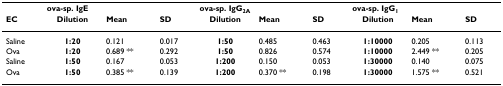
|  | <COLSPAN=3> ova-sp. IgE | <COLSPAN=3> ova-sp. IgG2A | <COLSPAN=3> ova-sp. IgG1 |
 | EC | Dilution | Mean | SD | Dilution | Mean | SD | Dilution | Mean | SD |
 | --- | --- | --- | --- | --- | --- | --- | --- | --- | --- |
 | Saline | 1:20 | 0.121 | 0.017 | 1:50 | 0.485 | 0.463 | 1:10000 | 0.205 | 0.113 |
 | Ova | 1:20 | 0.689 ** | 0.292 | 1:50 | 0.826 | 0.574 | 1:10000 | 2.449 ** | 0.205 |
 | Saline | 1:50 | 0.167 | 0.053 | 1:200 | 0.150 | 0.053 | 1:30000 | 0.140 | 0.075 |
 | Ova | 1:50 | 0.385 ** | 0.139 | 1:200 | 0.370 ** | 0.198 | 1:30000 | 1.575 ** | 0.521 |